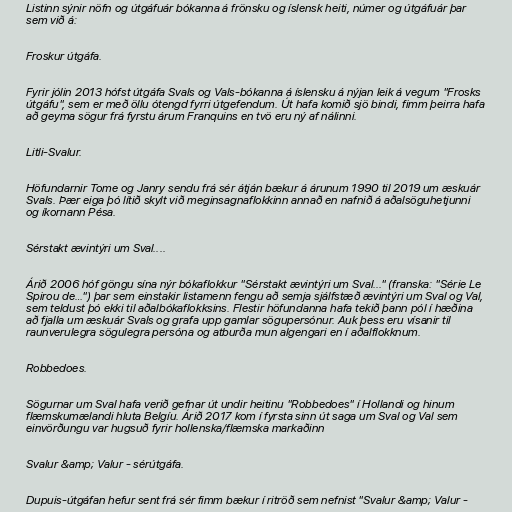
Listinn sýnir nöfn og útgáfuár bókanna á frönsku og íslensk heiti, númer og útgáfuár þar
sem við á:

Froskur útgáfa.

Fyrir jólin 2013 hófst útgáfa Svals og Vals-bókanna á íslensku á nýjan leik á vegum "Frosks
útgáfu", sem er með öllu ótengd fyrri útgefendum. Út hafa komið sjö bindi, fimm þeirra hafa
að geyma sögur frá fyrstu árum Franquins en tvö eru ný af nálinni.

Litli-Svalur.

Höfundarnir Tome og Janry sendu frá sér átján bækur á árunum 1990 til 2019 um æskuár
Svals. Þær eiga þó lítið skylt við meginsagnaflokkinn annað en nafnið á aðalsöguhetjunni
og íkornann Pésa.

Sérstakt ævintýri um Sval....

Árið 2006 hóf göngu sína nýr bókaflokkur "Sérstakt ævintýri um Sval..." (franska: "Série Le
Spirou de…") þar sem einstakir listamenn fengu að semja sjálfstæð ævintýri um Sval og Val,
sem teldust þó ekki til aðalbókaflokksins. Flestir höfundanna hafa tekið þann pól í hæðina
að fjalla um æskuár Svals og grafa upp gamlar sögupersónur. Auk þess eru vísanir til
raunverulegra sögulegra persóna og atburða mun algengari en í aðalflokknum.

Robbedoes.

Sögurnar um Sval hafa verið gefnar út undir heitinu "Robbedoes" í Hollandi og hinum
flæmskumælandi hluta Belgíu. Árið 2017 kom í fyrsta sinn út saga um Sval og Val sem
einvörðungu var hugsuð fyrir hollenska/flæmska markaðinn

Svalur &amp; Valur - sérútgáfa.

Dupuis-útgáfan hefur sent frá sér fimm bækur í ritröð sem nefnist "Svalur &amp; Valur -